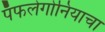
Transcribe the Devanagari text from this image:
पॅफलेगोनियाचा